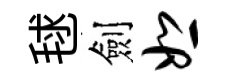
毬劍恕